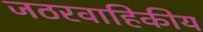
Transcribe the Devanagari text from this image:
जठरवाहिकीय